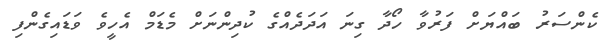
ކެންސަރު ބައްޔަށް ފަރުވާ ހޯދާ ގިނަ އަދަދެއްގެ ކުދިންނަށް މެޑަމް އެހީވެ ވަޑައިގެންފި